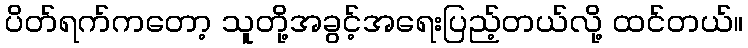
ပိတ်ရက်ကတော့ သူတို့အခွင့်အရေးပြည့်တယ်လို့ ထင်တယ်။